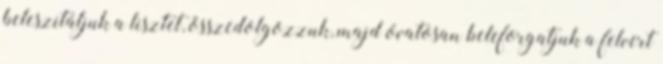
beleszitáljuk a lisztet, összedolgozzuk, majd óvatosan beleforgatjuk a felvert